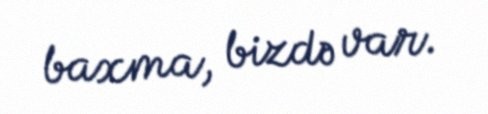
baxma, bizdə var.